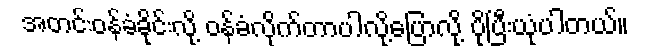
အတင်းဝန်ခံခိုင်းလို့ ဝန်ခံလိုက်တာပါလို့ပြောလို့ ပိုပြီးယုံပါတယ်။